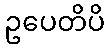
ဥပေတိပိ